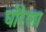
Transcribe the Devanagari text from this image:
घोरेला